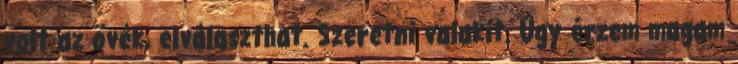
volt az övék, elválaszthat. Szeretni valakit. Úgy érzem magam